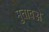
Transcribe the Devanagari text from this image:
मुतावज्जे